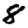
Digit: 8